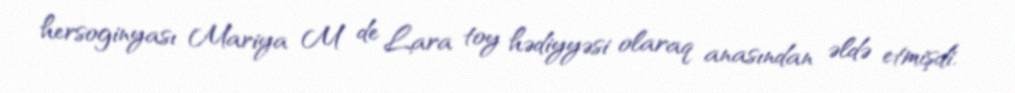
hersoginyası Mariya M de Lara toy hədiyyəsi olaraq anasından əldə etmişdi.